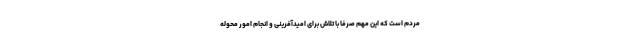
مردم است که این مهم صرفا با تلاش برای امیدآفرینی و انجام امور محوله